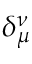
\delta _ { \mu } ^ { \nu }